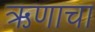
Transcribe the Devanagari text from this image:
ऋणाचा